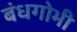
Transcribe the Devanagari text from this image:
बंधगोभी